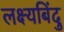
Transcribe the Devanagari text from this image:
लक्ष्यबिंदु